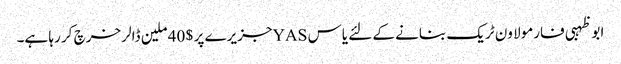
ابو ظہبی فارمولا ون ٹریک بنانے کے لئے یاس YASجزیرے پر $ 40 ملین ڈالر خرچ کر رہا ہے۔